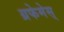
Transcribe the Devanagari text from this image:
ग्रफेमेस्